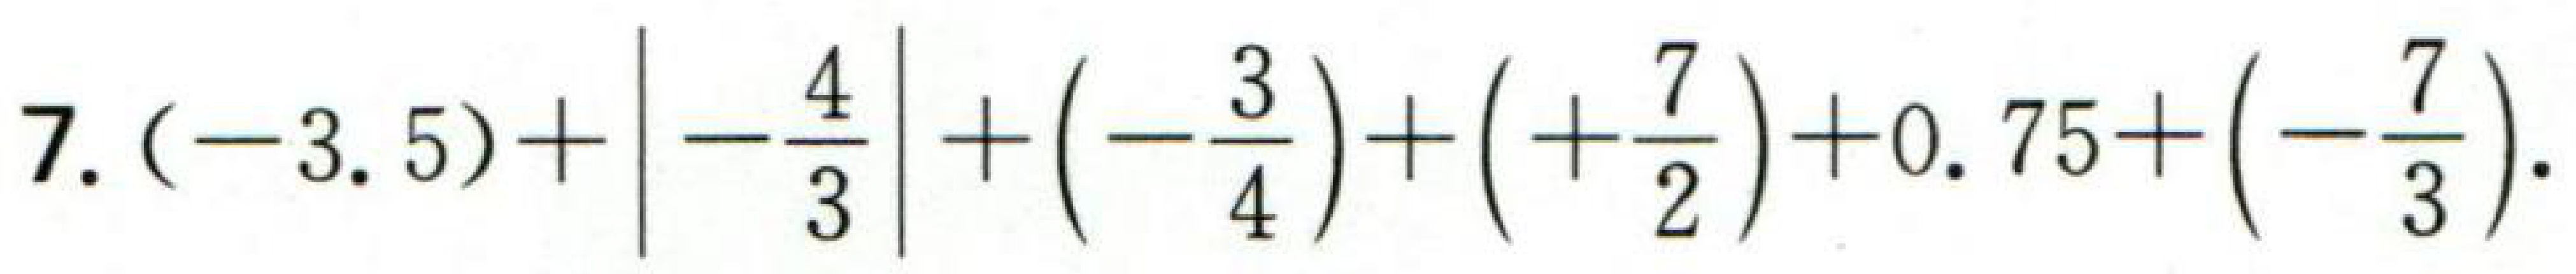
$7.(-3.5)+\left|-\frac{4}{3}\right|+\left(-\frac{3}{4}\right)+\left(+\frac{7}{2}\right)+0.75+\left(-\frac{7}{3}\right).$